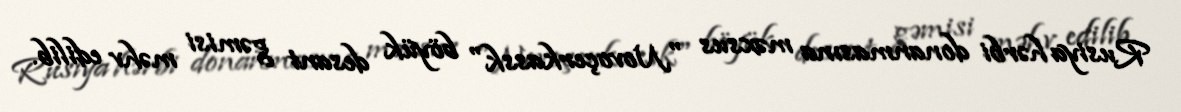
Rusiya hərbi donanmasına məxsus "Novoçerkassk" böyük desant gəmisi məhv edilib.